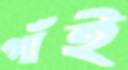
গাঁই